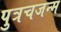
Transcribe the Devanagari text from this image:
पुत्रचजन्म